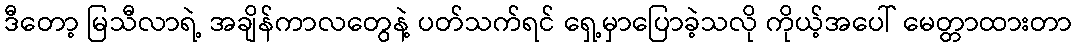
ဒီတော့ မြသီလာရဲ့ အချိန်ကာလတွေနဲ့ ပတ်သက်ရင် ရှေ့မှာပြောခဲ့သလို ကိုယ့်အပေါ် မေတ္တာထားတာ